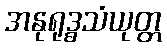
အနုရုဒ္ဓသံယုတ္တ